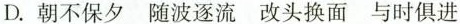
D. 朝不保夕 随波逐流 改头换面 与时俱进